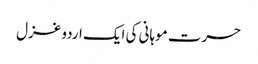
حسرت موہانی کی ایک اردو غزل